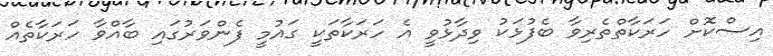
އިސްކޮށް ހަރަކާތްތެރިވާ ބެފުޅަކު ވިދާޅުވީ އެ ހަރަކާތަކީ ގައުމީ ފެންވަރުގައި ބާއްވާ ހަރަކާތެއް